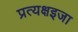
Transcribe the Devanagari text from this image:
प्रत्यक्षइजा